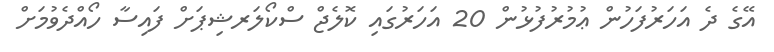
އޭގެ ދެ އަހަރުފަހުން ޢުމުރުފުޅުން 20 އަހަރުގައި ކޮލެޖް ސްކޯލަރޝިޕަށް ފައިސާ ހޯއްދެވުމަށް